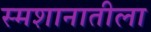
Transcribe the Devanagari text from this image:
स्मशानातीला